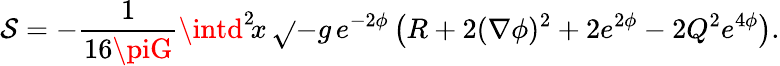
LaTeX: \mathcal{S}=-\frac{{1}}{{16\piG}}\intd^{2}\! x\, \sqrt{}{{-g}}\, e^{-2\phi}\left(R+2(\nabla\phi)^{2}+2e^{2\phi}-2Q^{2}e^{4\phi}\right).